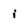
Character: i